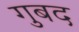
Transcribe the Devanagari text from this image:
गुबद